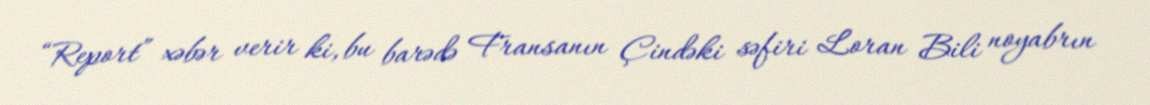
“Report” xəbər verir ki, bu barədə Fransanın Çindəki səfiri Loran Bili noyabrın